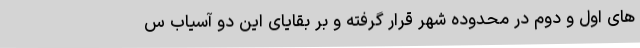
های اول و دوم در محدوده شهر قرار گرفته و بر بقایای این دو آسیاب س